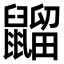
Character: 䶉